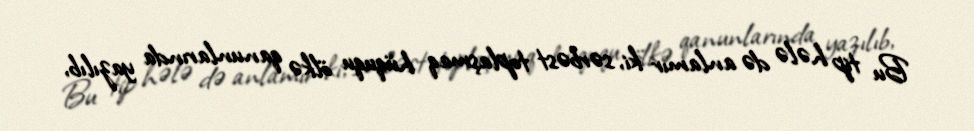
Bu tip hələ də anlamır ki, sərbəst toplaşmaq hüququ ölkə qanunlarında yazılıb,